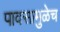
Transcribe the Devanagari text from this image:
पावसामुळेच